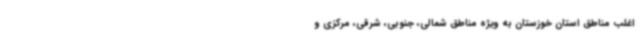
اغلب مناطق استان خوزستان به ویژه مناطق شمالی، جنوبی، شرقی، مرکزی و